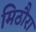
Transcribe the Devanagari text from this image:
मिठौरा